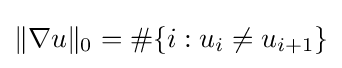
\|\nabla u\|_{0}=\#\{i:u_{i}\neq u_{i+1}\}